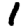
Digit: 1